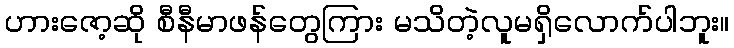
ဟားဇော့ဆို စီနီမာဖန်တွေကြား မသိတဲ့လူမရှိလောက်ပါဘူး။